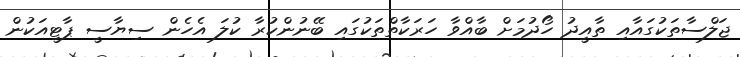
ޖަލްސާތަކުގައާއި ތާއީދު ހޯދުމަށް ބާއްވާ ހަރަކާތްތަކުގައި ބޭނުންކުރާ ކުލަ އެހެން ސިޔާސީ ޕާޓީއަކުން